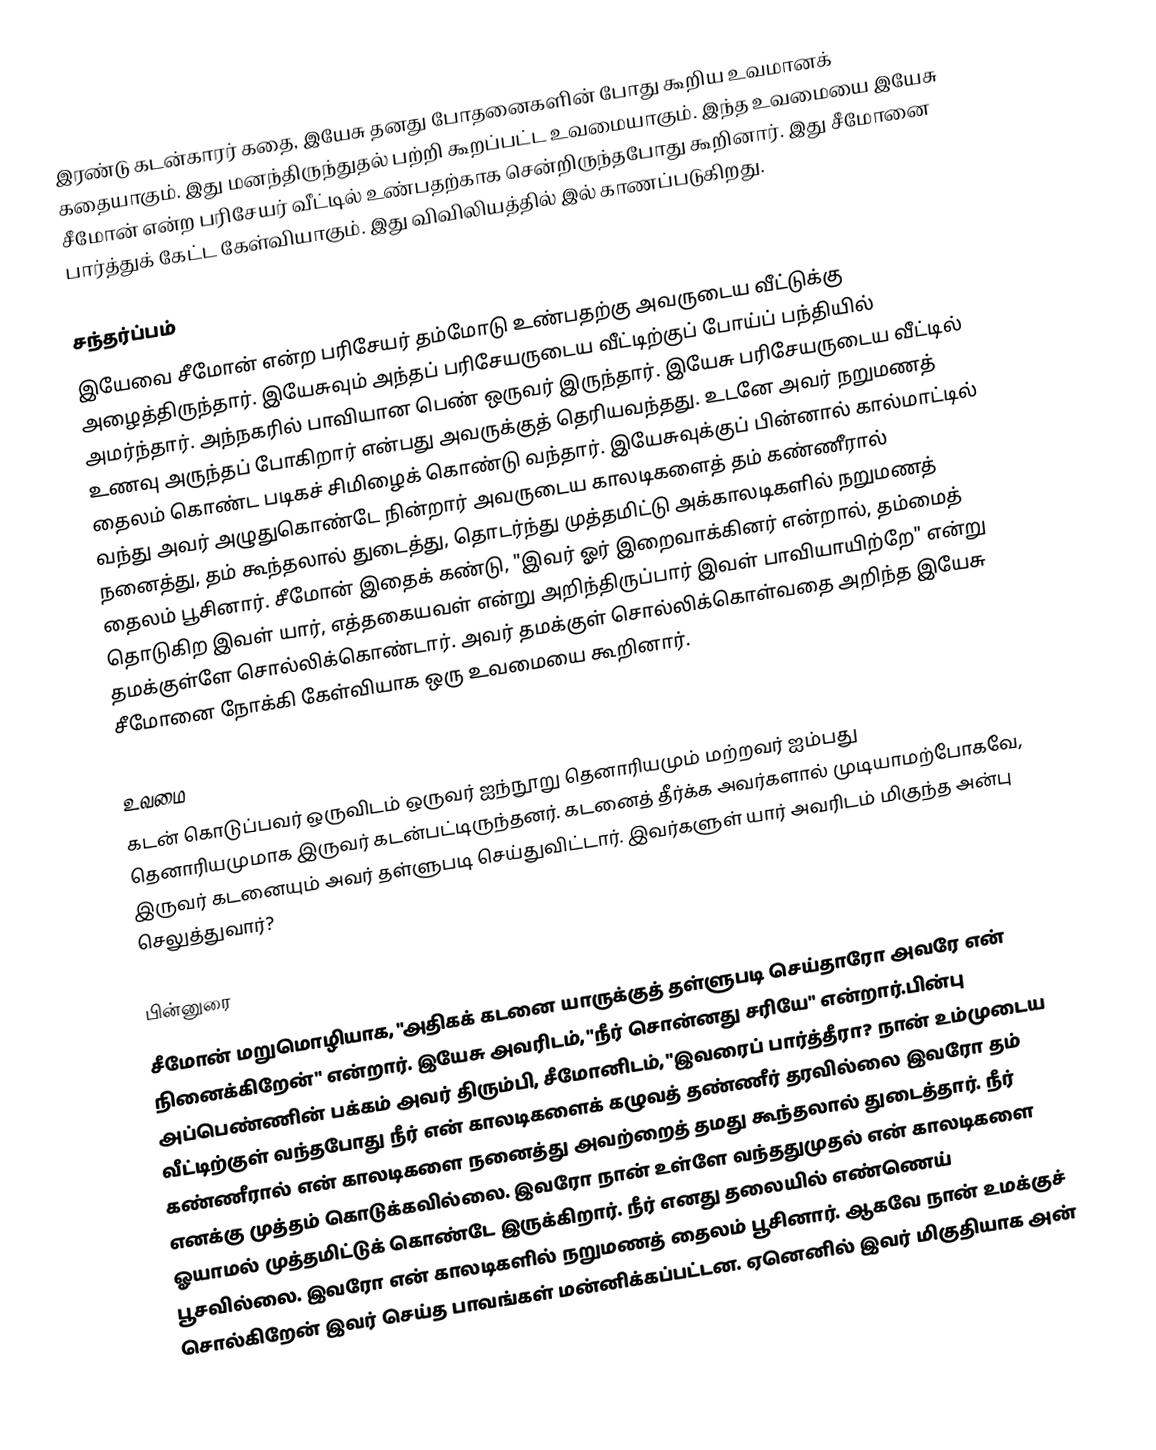
இரண்டு கடன்காரர் கதை, இயேசு தனது போதனைகளின் போது கூறிய உவமானக் கதையாகும். இது மனந்திருந்துதல் பற்றி கூறப்பட்ட உவமையாகும். இந்த உவமையை இயேசு சீமோன் என்ற பரிசேயர் வீட்டில் உண்பதற்காக சென்றிருந்தபோது கூறினார். இது சீமோனை பார்த்துக் கேட்ட கேள்வியாகும். இது விவிலியத்தில்  இல் காணப்படுகிறது.

சந்தர்ப்பம்
இயேவை சீமோன் என்ற பரிசேயர் தம்மோடு உண்பதற்கு அவருடைய வீட்டுக்கு அழைத்திருந்தார். இயேசுவும் அந்தப் பரிசேயருடைய வீட்டிற்குப் போய்ப் பந்தியில் அமர்ந்தார். அந்நகரில் பாவியான பெண் ஒருவர் இருந்தார். இயேசு பரிசேயருடைய வீட்டில் உணவு அருந்தப் போகிறார் என்பது அவருக்குத் தெரியவந்தது. உடனே அவர் நறுமணத் தைலம் கொண்ட படிகச் சிமிழைக் கொண்டு வந்தார். இயேசுவுக்குப் பின்னால் கால்மாட்டில் வந்து அவர் அழுதுகொண்டே நின்றார் அவருடைய காலடிகளைத் தம் கண்ணீரால் நனைத்து, தம் கூந்தலால் துடைத்து, தொடர்ந்து முத்தமிட்டு அக்காலடிகளில் நறுமணத் தைலம் பூசினார். சீமோன் இதைக் கண்டு, "இவர் ஓர் இறைவாக்கினர் என்றால், தம்மைத் தொடுகிற இவள் யார், எத்தகையவள் என்று அறிந்திருப்பார் இவள் பாவியாயிற்றே" என்று தமக்குள்ளே சொல்லிக்கொண்டார். அவர் தமக்குள் சொல்லிக்கொள்வதை அறிந்த இயேசு சீமோனை நோக்கி கேள்வியாக ஒரு உவமையை கூறினார்.

உவமை
கடன் கொடுப்பவர் ஒருவிடம் ஒருவர் ஐந்நூறு தெனாரியமும் மற்றவர் ஐம்பது தெனாரியமுமாக இருவர் கடன்பட்டிருந்தனர். கடனைத் தீர்க்க அவர்களால் முடியாமற்போகவே, இருவர் கடனையும் அவர் தள்ளுபடி செய்துவிட்டார். இவர்களுள் யார் அவரிடம் மிகுந்த அன்பு செலுத்துவார்?

பின்னுரை
சீமோன் மறுமொழியாக, "அதிகக் கடனை யாருக்குத் தள்ளுபடி செய்தாரோ அவரே என் நினைக்கிறேன்" என்றார். இயேசு அவரிடம், "நீர் சொன்னது சரியே" என்றார்.பின்பு அப்பெண்ணின் பக்கம் அவர் திரும்பி, சீமோனிடம், "இவரைப் பார்த்தீரா? நான் உம்முடைய வீட்டிற்குள் வந்தபோது நீர் என் காலடிகளைக் கழுவத் தண்ணீர் தரவில்லை இவரோ தம் கண்ணீரால் என் காலடிகளை நனைத்து அவற்றைத் தமது கூந்தலால் துடைத்தார். நீர் எனக்கு முத்தம் கொடுக்கவில்லை. இவரோ நான் உள்ளே வந்ததுமுதல் என் காலடிகளை ஓயாமல் முத்தமிட்டுக் கொண்டே இருக்கிறார். நீர் எனது தலையில் எண்ணெய் பூசவில்லை. இவரோ என் காலடிகளில் நறுமணத் தைலம் பூசினார். ஆகவே நான் உமக்குச் சொல்கிறேன் இவர் செய்த பாவங்கள் மன்னிக்கப்பட்டன. ஏனெனில் இவர் மிகுதியாக அன்